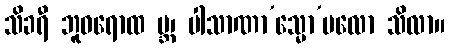
သိခရီ ဘူဓရောထ ဗ္ဘ၊ ပါသာဏာ’သ္မော’ပလော သိလာ။